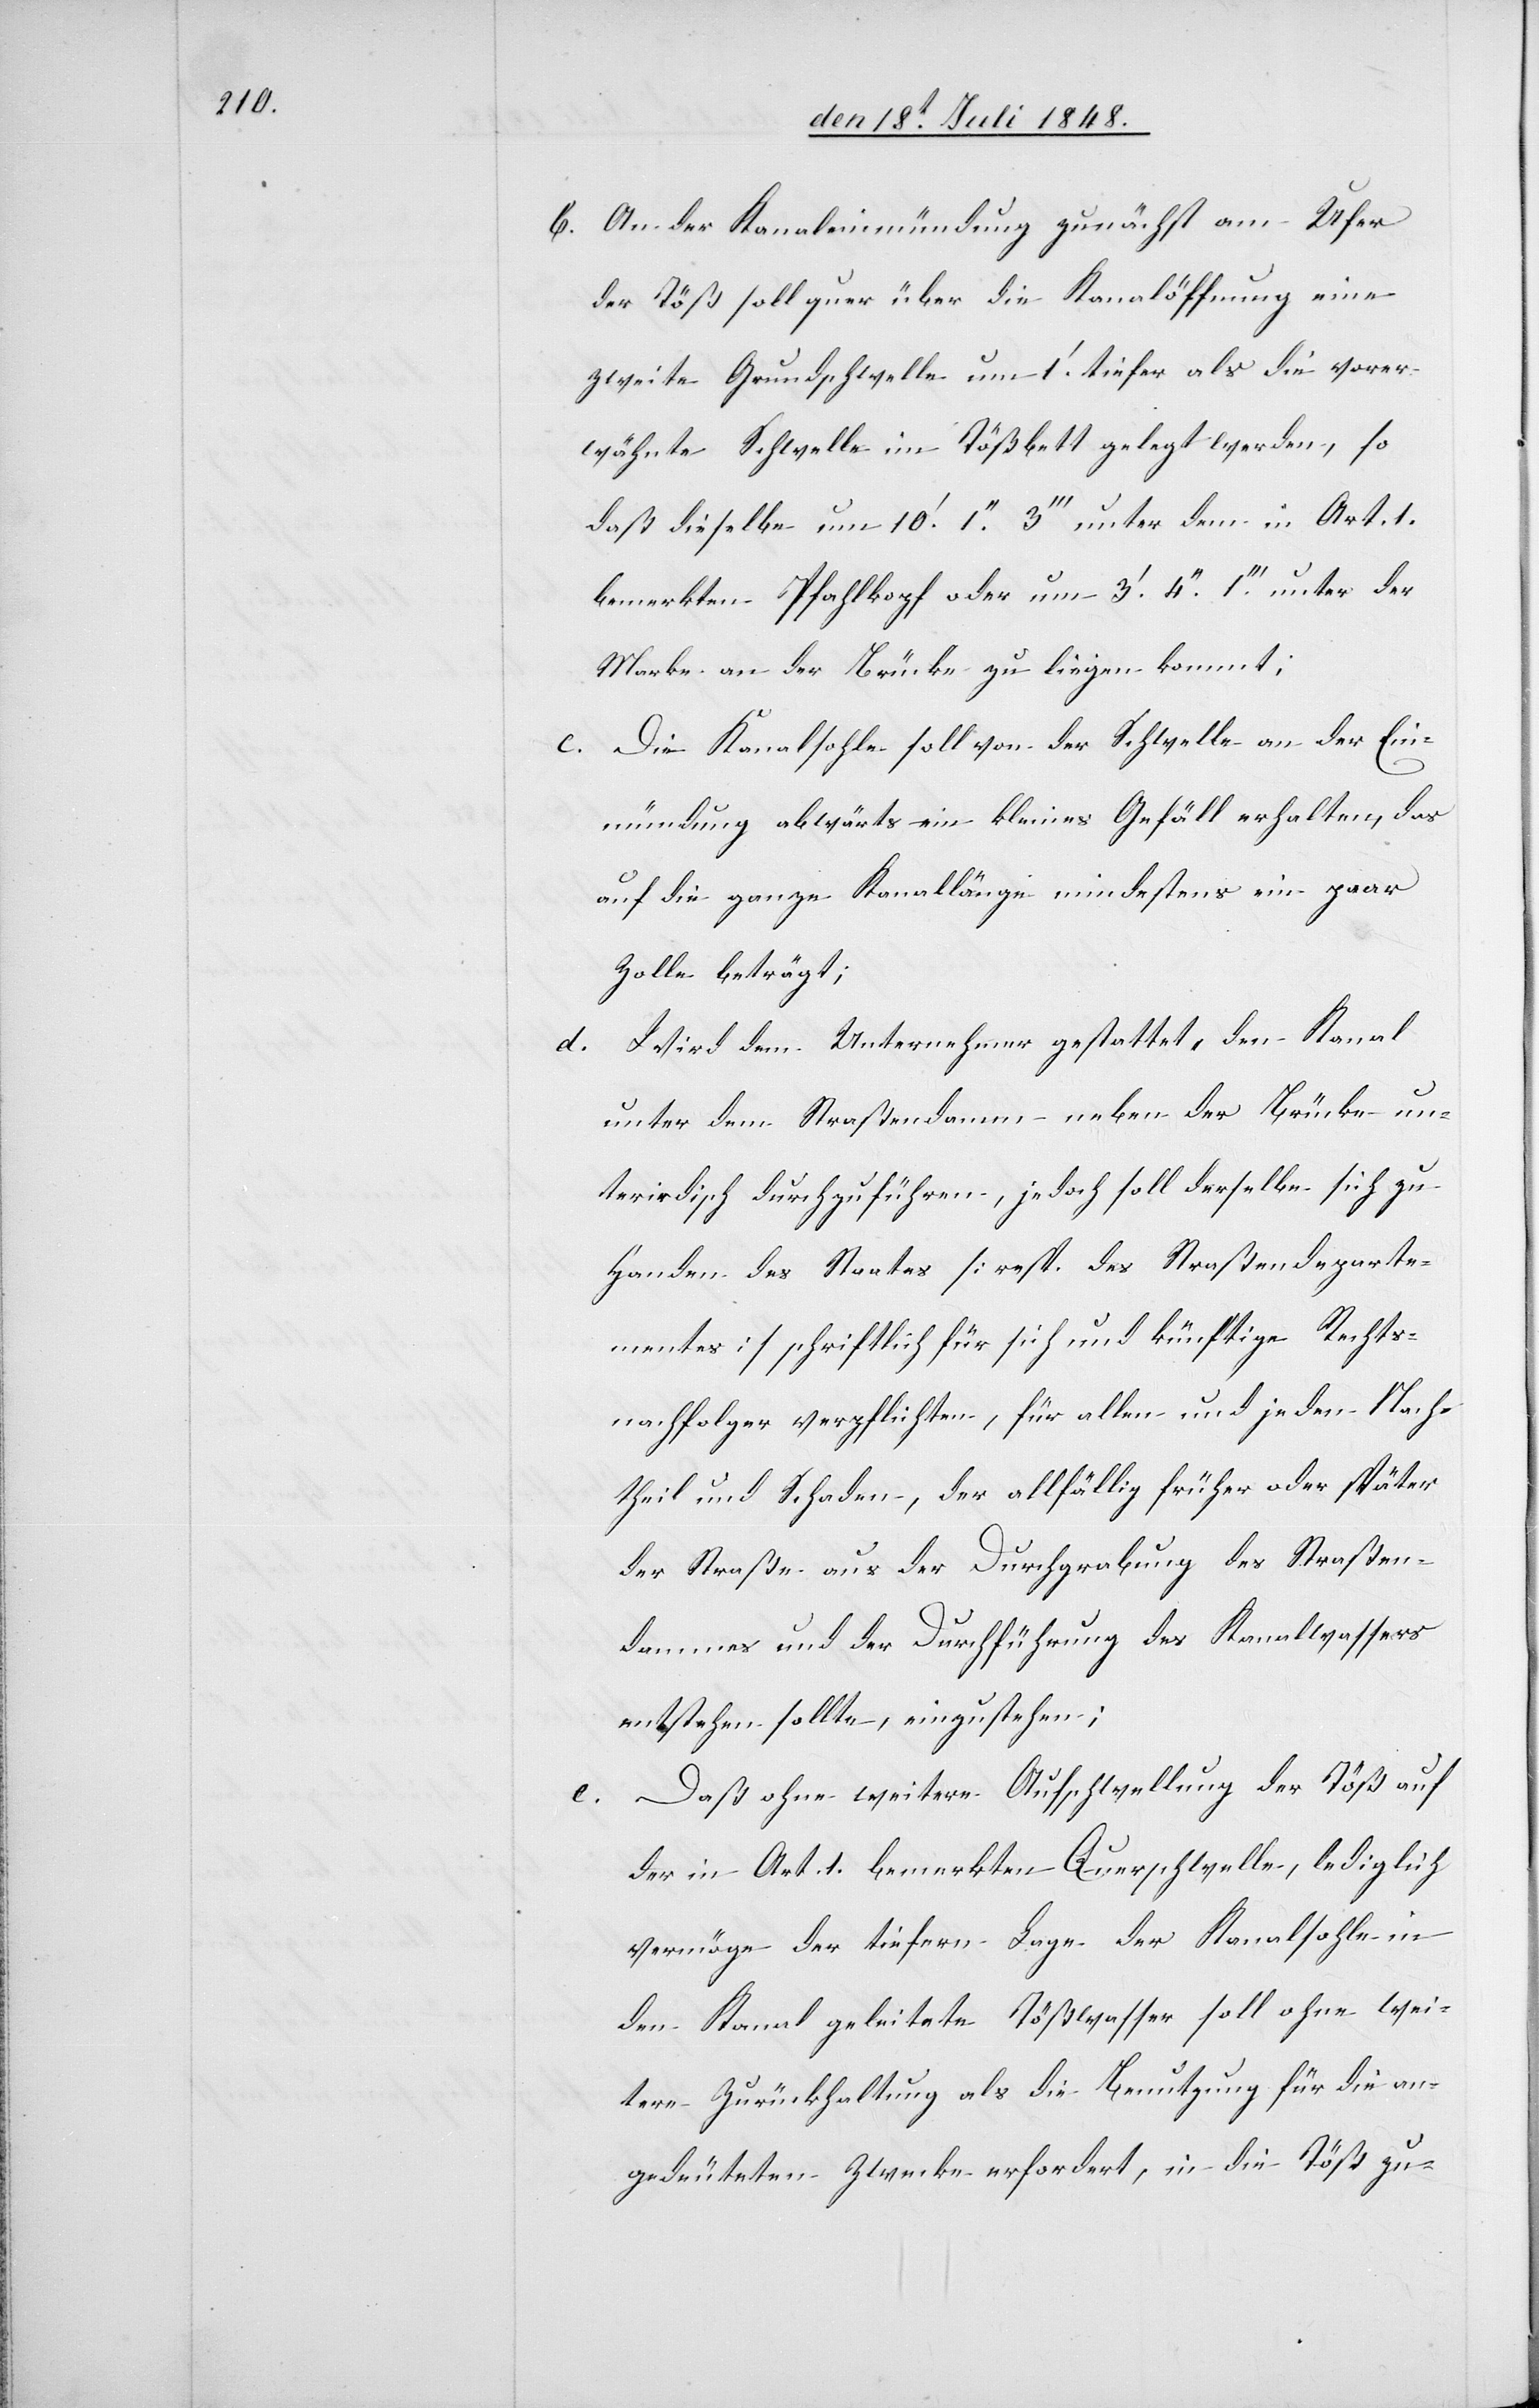
b. An der Kanaleinmündung zunächst am Ufer
der Töß soll quer über die Kanalöffnung eine
zweite Grundschwelle um 1.’ tiefer als die vorer¬
wähnte Schwelle im Tößbett gelegt werden, so
daß dieselbe um 10.’ 1.’’ 3’’’ unter dem in Art. 1.
bemerkten Pfahlkopf oder um 3.’ 4.’’ 1.’’’ unter der
Marke an der Brücke zu liegen kommt;
c. Die Kanalsohle soll von der Schwelle an der Ein¬
mündung abwärts ein kleines Gefäll erhalten, das
auf die ganze Kanallänge mindestens ein paar
Zolle beträgt;
d. Wird dem Unternehmer gestattet, den Kanal
unter dem Straßendamm, neben der Brücke un¬
terirdisch durchzuführen, jedoch soll derselbe sich zu
Handen des Staates [resp. des Straßendeparte¬
mentes] schriftlich für sich und künftige Rechts¬
nachfolger verpflichten, für allen und jeden Nach¬
theil und Schaden, der allfällig früher oder später
der Straße aus der Durchgrabung des Straßen¬
dammes und der Durchführung des Kanalwassers
entstehen sollte, einzustehen;
e. Daß ohne weitere Aufschwellung der Töß auf
der in Art. 1. bemerkten Querschwelle, lediglich
vermöge der tiefern Lage der Kanalsohle in
den Kanal geleitete Tößwasser soll ohne wei¬
tere Zurückhaltung als die Benutzung für die an¬
gedeuteten Zwecke erfordert, in die Töß zu-